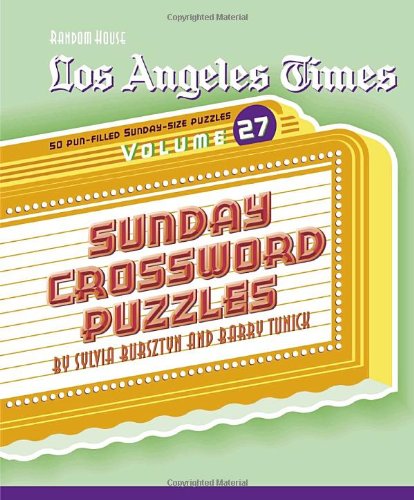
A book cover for Los Angeles Times Sunday Crossword Puzzles, Volume 27 (The Los Angeles Times); Barry Tunick; Humor & Entertainment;